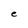
Character: e